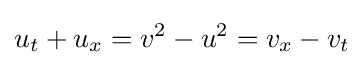
\displaystyle u_{t}+u_{x}=v^{2}-u^{2}=v_{x}-v_{t}